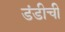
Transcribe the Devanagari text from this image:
डंडीची